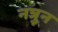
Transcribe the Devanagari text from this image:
नत्रुन